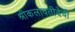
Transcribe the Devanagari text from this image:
श्रीकलावतीदेवी